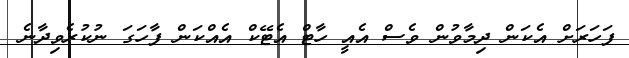
ފަހަރަށް އެކަން ދިމާވުން ވެސް އެއީ ހާޓް އެޓޭކް އެއްކަން ފާހަގަ ނުކުރެވިދާނެ